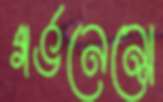
গর্ভনেন্সে